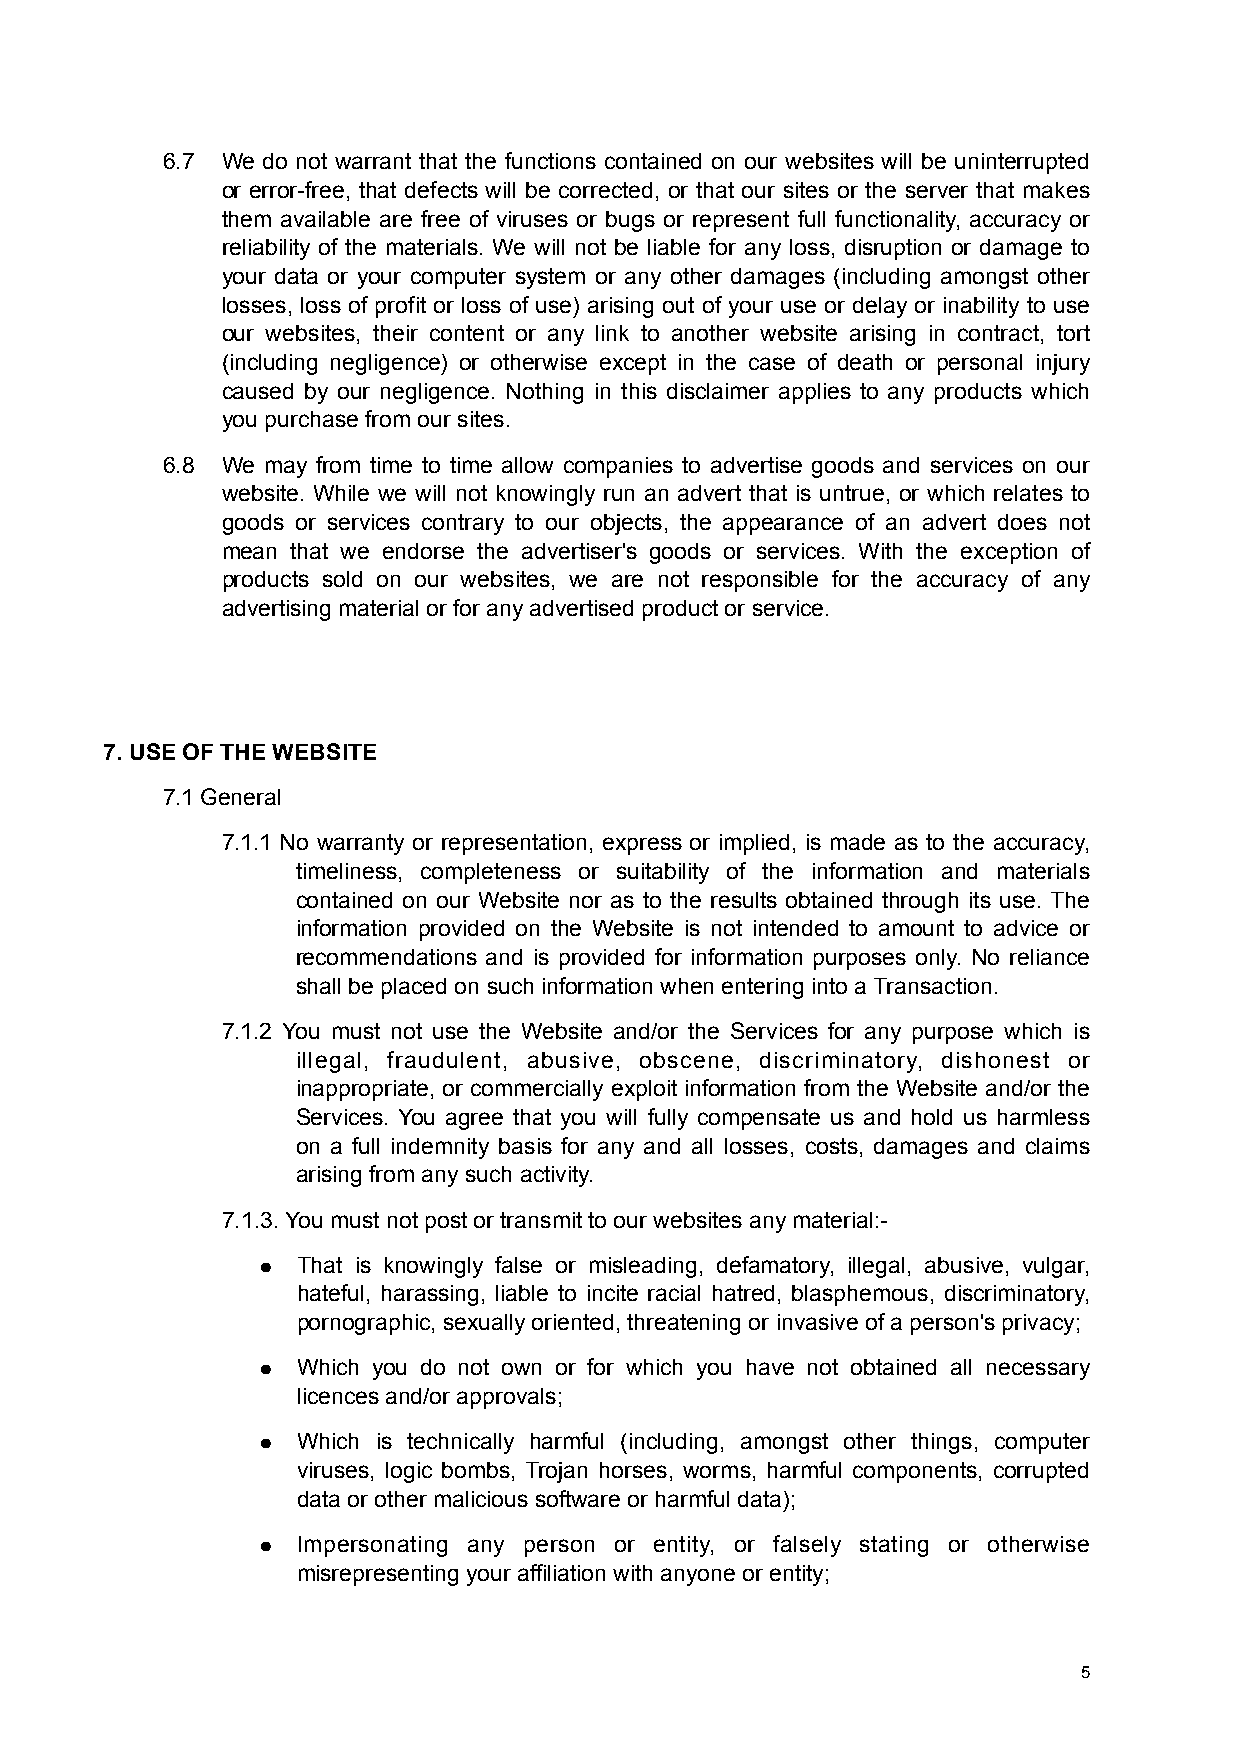
6.7 We do not warrant that the functions contained on our websites will be uninterrupted
 or error-free, that defects will be corrected, or that our sites or the server that makes
 them available are free of viruses or bugs or represent full functionality, accuracy or
 reliability of the materials. We will not be liable for any loss, disruption or damage to
 your data or your computer system or any other damages (including amongst other
 losses, loss of profit or loss of use) arising out of your use or delay or inability to use
 our websites, their content or any link to another website arising in contract, tort
 (including negligence) or otherwise except in the case of death or personal injury
 caused by our negligence. Nothing in this disclaimer applies to any products which
 you purchase from our sites.
 6.8 We may from time to time allow companies to advertise goods and services on our
 website. While we will not knowingly run an advert that is untrue, or which relates to
 goods or services contrary to our objects, the appearance of an advert does not
 mean that we endorse the advertiser's goods or services. With the exception of
 products sold on our websites, we are not responsible for the accuracy of any
 advertising material or for any advertised product or service.
 7. USE OF THE WEBSITE
 7.1 General
 7.1.1 No warranty or representation, express or implied, is made as to the accuracy,
 timeliness, completeness or suitability of the information and materials
 contained on our Website nor as to the results obtained through its use. The
 information provided on the Website is not intended to amount to advice or
 recommendations and is provided for information purposes only. No reliance
 shall be placed on such information when entering into a Transaction.
 7.1.2 You must not use the Website and/or the Services for any purpose which is
 illegal, fraudulent, abusive, obscene, discriminatory, dishonest or
 inappropriate, or commercially exploit information from the Website and/or the
 Services. You agree that you will fully compensate us and hold us harmless
 on a full indemnity basis for any and all losses, costs, damages and claims
 arising from any such activity.
 7.1.3. You must not post or transmit to our websites any material:-
 ●  That is knowingly false or misleading, defamatory, illegal, abusive, vulgar,
 hateful, harassing, liable to incite racial hatred, blasphemous, discriminatory,
 pornographic, sexually oriented, threatening or invasive of a person's privacy;
 ●  Which you do not own or for which you have not obtained all necessary
 licences and/or approvals;
 ●  Which is technically harmful (including, amongst other things, computer
 viruses, logic bombs, Trojan horses, worms, harmful components, corrupted
 data or other malicious software or harmful data);
 ●  Impersonating any person or entity, or falsely stating or otherwise
 misrepresenting your affiliation with anyone or entity;
 5